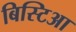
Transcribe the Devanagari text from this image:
बिस्टिआ